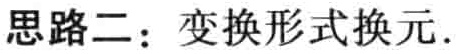
思路二：变换形式换元.